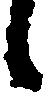
候